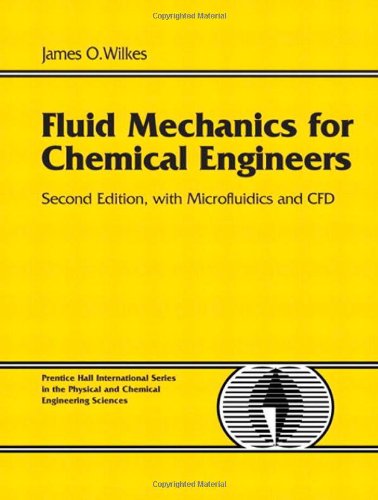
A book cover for Fluid Mechanics for Chemical Engineers with Microfluidics and CFD (2nd Edition); James O. Wilkes; Science & Math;